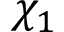
\chi _ { 1 }